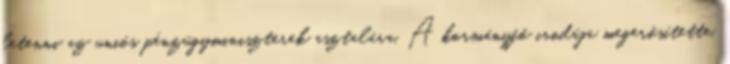
letenni az uniós pénzügyminiszterek asztalára. A kormányfő irodája megerősítette,